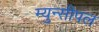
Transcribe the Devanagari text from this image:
म्युन्सीपल